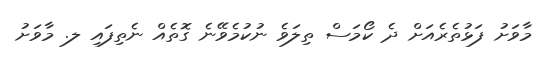
މާވަށު ފަޅުތެރެއަށް ދެ ކޯމަސް ތިލަވެ ނުކުމެވޭނެ ގޮތެއް ނެތިފައި ލ. މާވަށު